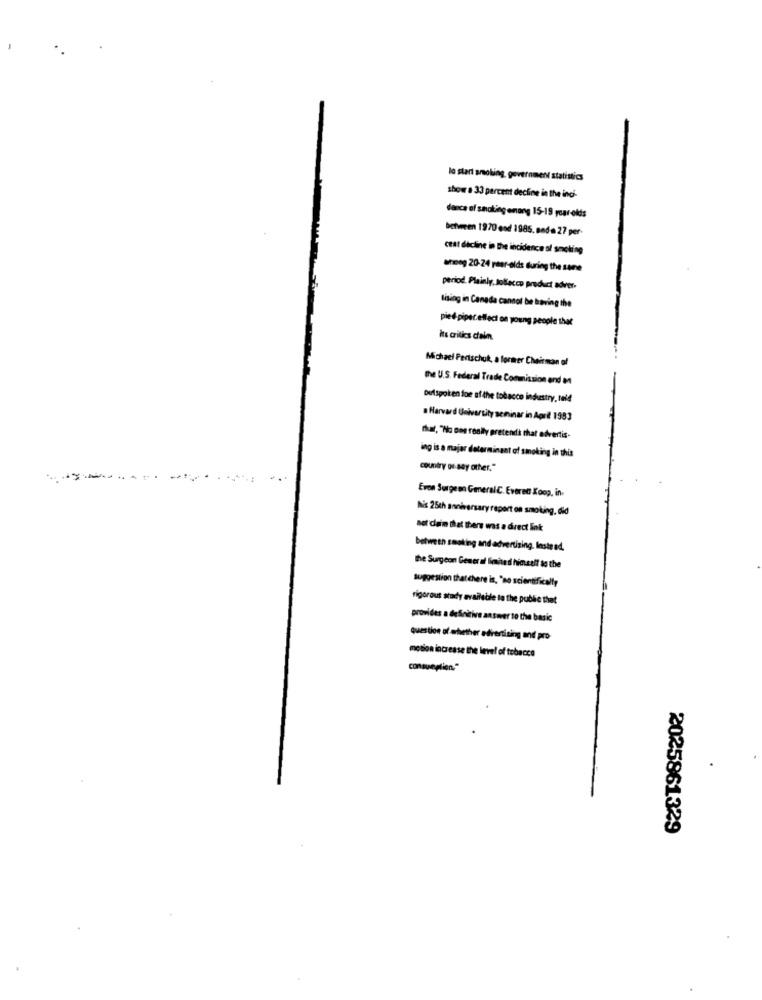
lo start smoking, government statistics
show . 33 percent decline in the inc'-
dance of snaking enang 15-19 year-olds
between 1970 end 1985. sada 27 per-
ceat decline in the incidence of smoking
wrong 20-24 raar-elds during the same
period. Plainly, Jollacco product adver-
living in Canada cannot be having the
pied piper.effect on young people that
its critics cain
Michael Pertschuk, a former Chairman of
the U.S. Federal Trade Commission and M
Outspoken foe of the tobacco industry, told
Harvard University seminar in April 1983
that, "No Dos really pretenda that advertis-
ing is a major determinant of smoking in this
country os any other."
Evon Surgeon GeneralC. Everett Koop, in-
Nit 25th anniversary report on smoking, did
net claim that there was a direct link
between smoking and advertising. Instead.
The Surgeon General limited himself to the
suggestion that chere is, "no scientifically
rigorous study available to the public that
provides a definitive ansover so the basic
question of whether advertising and pro
motion increase the level of tobacco
conguaglion."
2025861329